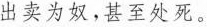
出卖为奴，甚至处死。